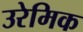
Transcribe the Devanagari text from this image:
उरेमिक